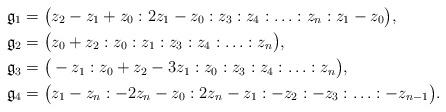
LaTeX: \begin{align*}& \mathfrak{g}_1=\big(z_2-z_1+z_0:2z_1-z_0:z_3:z_4:\ldots:z_n:z_1-z_0\big), \\& \mathfrak{g}_2=\big(z_0+z_2:z_0:z_1:z_3:z_4:\ldots:z_n\big), \\& \mathfrak{g}_3=\big(-z_1:z_0+z_2-3z_1:z_0:z_3:z_4:\ldots:z_n\big), \\& \mathfrak{g}_4=\big(z_1-z_n:-2z_n-z_0:2z_n-z_1:-z_2:-z_3:\ldots:-z_{n-1}\big). \end{align*}